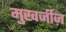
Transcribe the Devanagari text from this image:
मुखर्जीज़